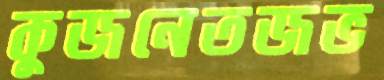
কুজনেতজভ